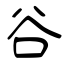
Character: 谷